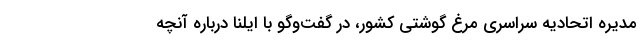
مدیره اتحادیه سراسری مرغ گوشتی کشور، در گفت‌وگو با ایلنا درباره آنچه